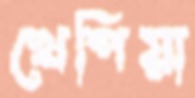
খেপিয়া